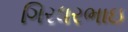
ગિરધરભાઇ